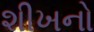
શીખનો